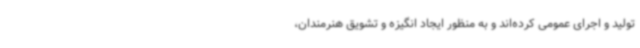
تولید و اجرای عمومی کرده‌اند و به منظور ایجاد انگیزه و تشویق هنرمندان،